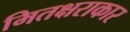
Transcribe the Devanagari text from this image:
मितक्षराकार